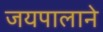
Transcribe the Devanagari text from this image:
जयपालाने